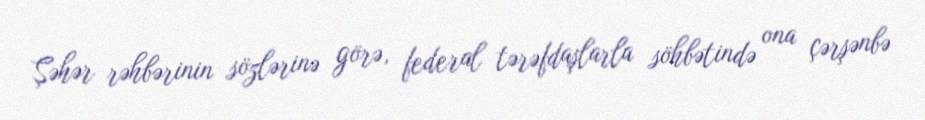
Şəhər rəhbərinin sözlərinə görə, federal tərəfdaşlarla söhbətində ona çərşənbə